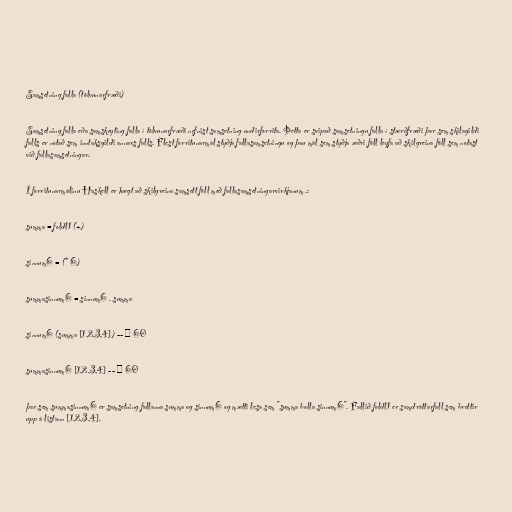
Samsetning falla (tölvunarfræði)

Samsetning falla eða samskeyting falla í tölvunarfræði nefnist samsetning undirforrita. Þetta er svipað samsetningu falla í stærðfræði þar sem skilagildi
falls er notað sem inntaksgildi annars falls. Flest forritunarmál styðja fallasamsetningu og þau mál sem styðja æðri föll leyfa að skilgreina föll sem notast
við fallasamsetningar.

Í forritunarmálinu Haskell er hægt að skilgreina samsett föll með fallasamsetningarvirkjanum .:

summa = foldl1 (+)

sinnum6 = (* 6)

summasinnum6 = sinnum6 . summa

sinnum6 (summa [1,2,3,4]) -- ⇒ 60

summasinnum6 [1,2,3,4] -- ⇒ 60

þar sem summasinnum6 er samsetning fallanna summa og sinnum6 og mætti lesa sem "summa bolla sinnum6". Fallið foldl1 er samdráttarfall sem brettir
upp á listann [1,2,3,4].